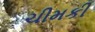
ચીમકી